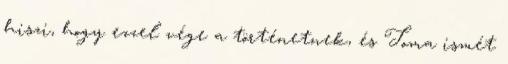
hiszi, hogy ezzel vége a történetnek, és Toma ismét